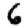
Digit: 6